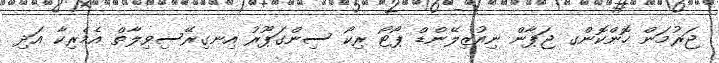
ޖަރުމަން ހޮންކޮންގ ޖަޕާން ނިއުޒިލޭންޑް ޕޯޓޯ ރިކޯ ސިންގަޕޫރު އިނގިރޭސިވިލާތް އެމެރިކާ އަދި